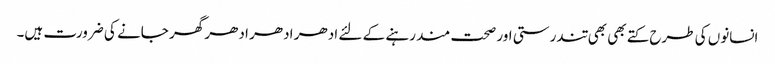
انسانوں کی طرح کتے بھی بھی تندرستی اور صحت مند رہنے کے لئے ادھر ادھر ادھر گھر جانے کی ضرورت ہیں۔